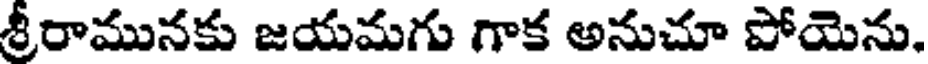
శ్రీరామునకు జయమగు గాక అనుచూ పోయెను.